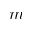
m